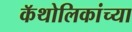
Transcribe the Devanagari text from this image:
कॅथोलिकांच्या